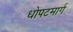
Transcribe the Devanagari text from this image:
धोपटमार्ग